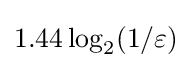
1.44\log _{2}(1/\varepsilon )